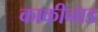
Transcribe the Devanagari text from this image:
काकीनाड